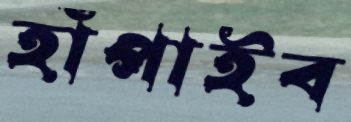
হাঁপাইব